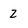
Character: 2